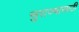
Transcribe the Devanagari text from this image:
सुराज्यासाठी